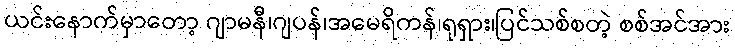
ယင်းနောက်မှာတော့ ဂျာမနီ၊ဂျပန်၊အမေရိကန်၊ရုရှား၊ပြင်သစ်စတဲ့ စစ်အင်အား